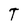
Character: T